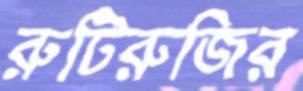
রুটিরুজির